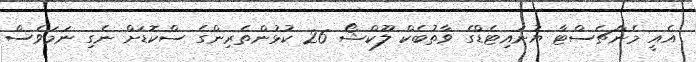
އެއީ މެންޗެސްޓާ ޔުނައިޓެޑްގެ ވާތުބެކް ލޫކްޝޯ 26 ކުޅުންތެރިންގެ ސްކޮޑަށް ނެގި ނަމަވެސް